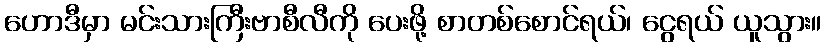
ဟောဒီမှာ မင်းသားကြီးဗာစီလီကို ပေးဖို့ စာတစ်စောင်ရယ်၊ ငွေရယ် ယူသွား။